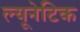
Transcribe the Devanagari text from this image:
ल्यूनेटिक